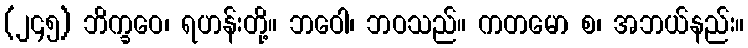
(၂၄၅) ဘိက္ခဝေ၊ ရဟန်းတို့။ ဘဝေါ၊ ဘဝသည်။ ကတမော စ၊ အဘယ်နည်း။